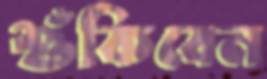
শুঁকিবেন